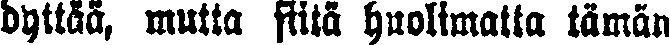
dyttää, mutta siitä huolimatta tämän